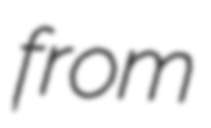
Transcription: from